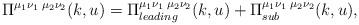
LaTeX: \begin{align*}\Pi^{\mu_1\nu_1\;\mu_2\nu_2}(k,u)=\Pi^{\mu_1\nu_1\;\mu_2\nu_2}_{leading}(k,u)+\Pi^{\mu_1\nu_1\;\mu_2\nu_2}_{sub}(k,u),\end{align*}